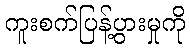
ကူးစက်ပြန့်ပွားမှုကို